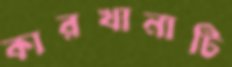
কারখানাটি